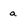
Character: a